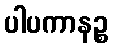
ပါပကာနဉ္စ